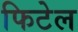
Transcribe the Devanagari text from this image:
फिटेल